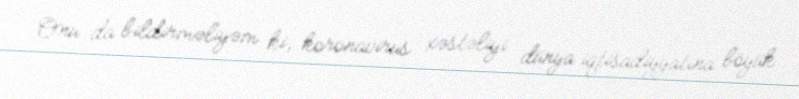
Onu da bildirməliyəm ki, koronavirus xəstəliyi dünya iqtisadiyyatına böyük